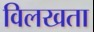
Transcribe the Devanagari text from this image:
विलखता